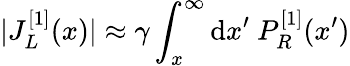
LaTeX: |J_{L}^{[1]}(x)|\approx\gamma\int_{x}^{\infty}\mathrm{d}x^{\prime}~P_{R}^{[1]}(x^{\prime})